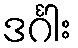
ဒင်္ဂါး